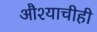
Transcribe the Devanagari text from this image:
औश्याचीही